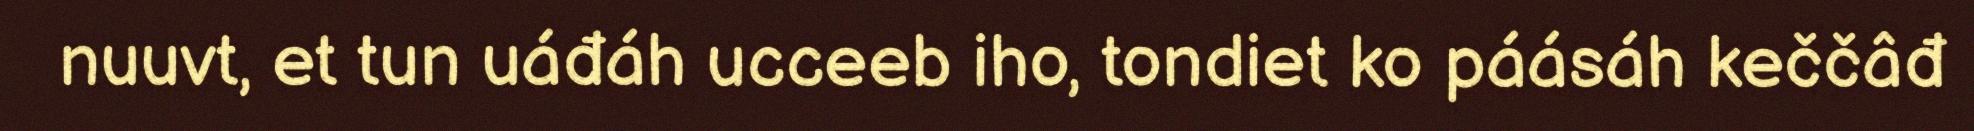
nuuvt, et tun uáđáh ucceeb iho, tondiet ko páásáh keččâđ